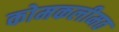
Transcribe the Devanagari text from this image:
कोमकलीमठ